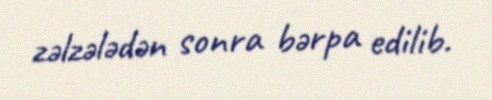
zəlzələdən sonra bərpa edilib.